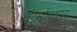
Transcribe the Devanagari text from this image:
धर्मोद्धार